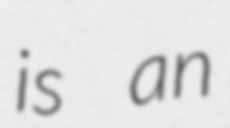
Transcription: is an